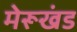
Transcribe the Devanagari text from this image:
मेरूखंड